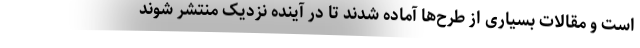
است و مقالات بسیاری از طرح‌ها آماده شدند تا در آینده نزدیک منتشر شوند